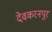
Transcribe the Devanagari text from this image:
देवकरनपुर